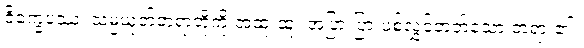
ဝိက္ခေပဿ၊ သမ္ပယုတ်တရာတို့ကို အထူးထူး အပြားပြားပစ်လွှင့်တတ်သော တရား၏။